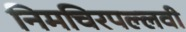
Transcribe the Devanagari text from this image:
निमचिरपल्लवी